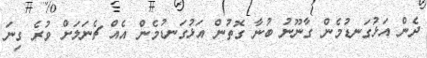
ދެން އަޅުގަނޑުމެން ގާނޫނު ބުނާ ގޮތުން އަޅުގަނޑުމެން އެއް ޗެނަލަށް ވުރެ ގިނަ